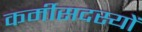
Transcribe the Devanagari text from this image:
कर्मीसदस्यों